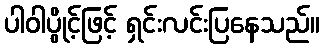
ပါဝါပွိုင့်ဖြင့် ရှင်းလင်းပြနေသည်။